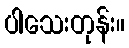
ပါသေးတုန်း။